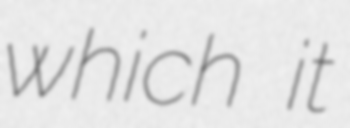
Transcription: which it